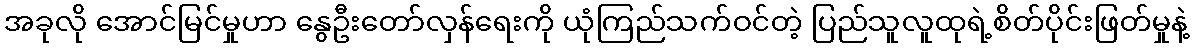
အခုလို အောင်မြင်မှုဟာ နွေဦးတော်လှန်ရေးကို ယုံကြည်သက်ဝင်တဲ့ ပြည်သူလူထုရဲ့စိတ်ပိုင်းဖြတ်မှုနဲ့